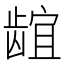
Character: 𬺌